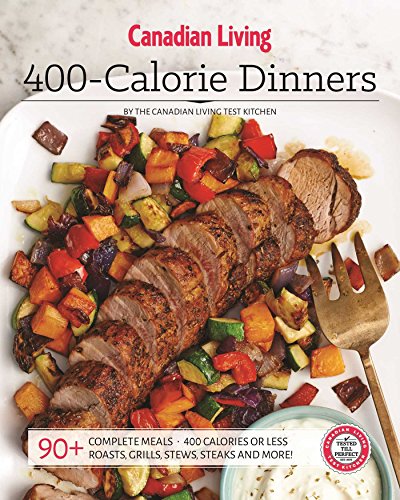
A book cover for Canadian Living: 400-Calorie Dinners; Canadian Living; Cookbooks, Food & Wine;